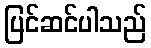
ပြင်ဆင်ပါသည်